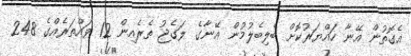
އެގޮތުން އޭނާ ހައްޔަރުކޮށް ބެލިބެލުމުން އޭނާގެ ލަގެޖު ތެރެއިން 12 ވައްތަރެއްގެ 248